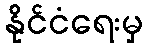
နိုင်ငံရေးမှ